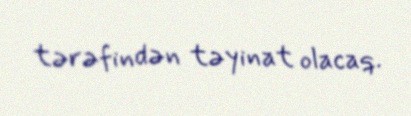
tərəfindən təyinat olacaq.